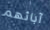
آبائهم